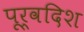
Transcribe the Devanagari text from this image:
पूर्वदिश